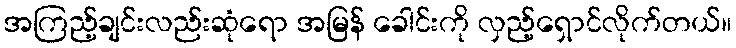
အကြည့်ချင်းလည်းဆုံရော အမြန် ခေါင်းကို လှည့်ရှောင်လိုက်တယ်။